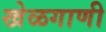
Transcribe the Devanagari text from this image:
खेळगाणी